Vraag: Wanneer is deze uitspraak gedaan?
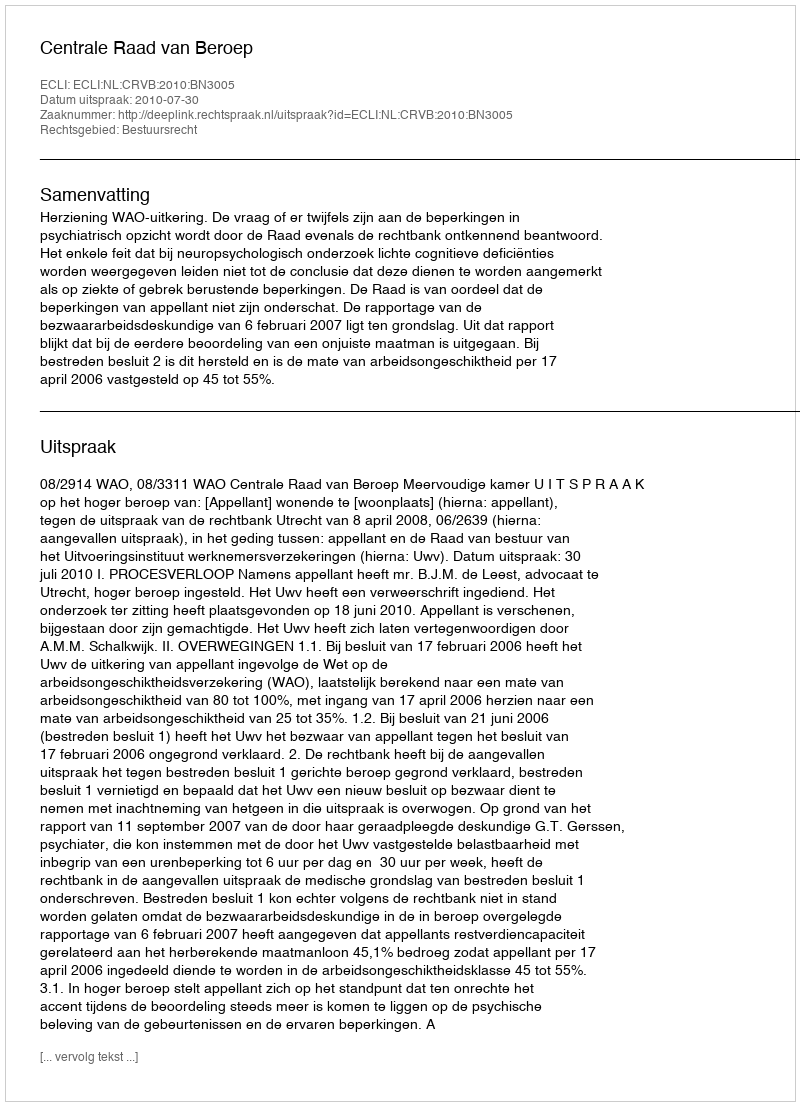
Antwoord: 2010-07-30